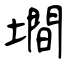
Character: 墹